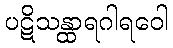
ပဋိသန္ထာရဂါရဝေါ